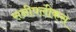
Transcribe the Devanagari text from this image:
सनीपलीकस